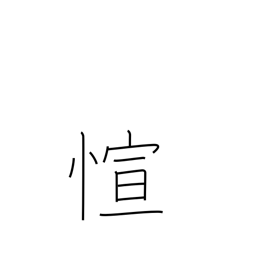
Meaning: abundant